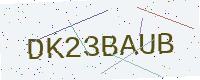
Text: DK23BAUB